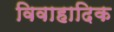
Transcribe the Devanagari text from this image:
विवाहादिक